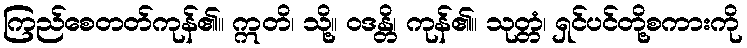
ကြည်စေတတ်ကုန်၏။ ဣတိ၊ သို့။ ဝဒန္တိ၊ ကုန်၏။ သုတ္တံ၊ ရှင်ပင်တို့စကားကို